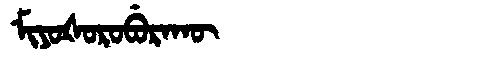
Manchu: ᠮᡳᠶᠣᡧᠣᡵᠣᠪᡠᡵᠠᡴᡡ
Romanization: MIYOŠOROBURAKŪ